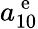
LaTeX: a_{10}^{\mathrm{~e~}}